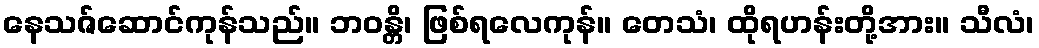
နေသဇ်ဆောင်ကုန်သည်။ ဘဝန္တိ၊ ဖြစ်ရလေကုန်။ တေသံ၊ ထိုရဟန်းတို့အား။ သီလံ၊